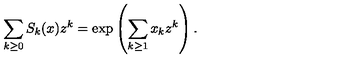
\sum _ { k \geq 0 } S _ { k } ( x ) z ^ { k } = \exp \left( \sum _ { k \geq 1 } x _ { k } z ^ { k } \right) .